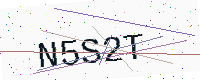
Text: N5S2T